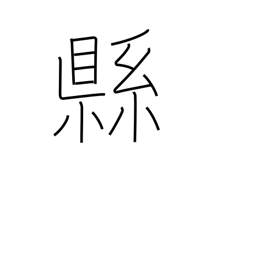
Meaning: subdivision